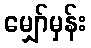
မျှော်မှန်း